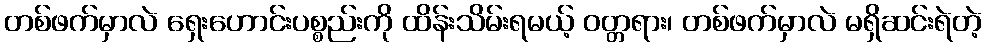
တစ်ဖက်မှာလဲ ရှေးဟောင်းပစ္စည်းကို ထိန်းသိမ်းရမယ့် ဝတ္တရား၊ တစ်ဖက်မှာလဲ မရှိဆင်းရဲတဲ့